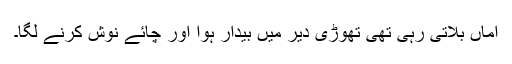
اماں بُلاتی رہی تھی تھوڑی دیر میں بیدار ہُوا اور چائے نوش کرنے لگا۔